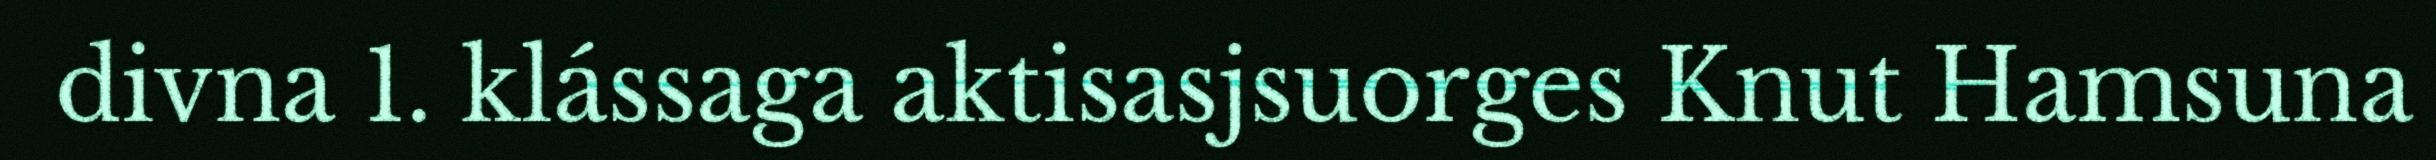
divna 1. klássaga aktisasjsuorges Knut Hamsuna